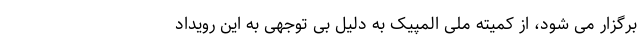
برگزار می شود، از کمیته ملی المپیک به دلیل بی توجهی به این رویداد